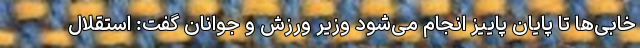
خابی‌ها تا پایان پاییز انجام می‌شود وزیر ورزش و جوانان گفت: استقلال